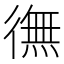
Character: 㣳